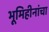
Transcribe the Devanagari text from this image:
भूमिहीनांचा